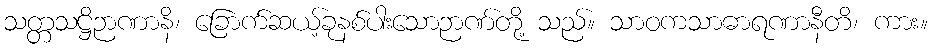
သတ္တသဋ္ဌိဉာဏာနိ၊ ခြောက်ဆယ့်ခုနစ်ပါးသောဉာဏ်တို့ သည်။ သာဝကသာဓာရဏာနီတိ၊ ကား။